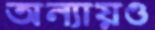
অন্যায়ও